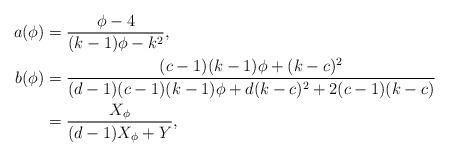
LaTeX: \begin{align*}a(\phi)&= \frac{\phi -4}{(k-1) \phi - k^2}, \\b(\phi)&= \frac{(c-1)(k-1)\phi+(k-c)^2}{(d-1)(c-1)(k-1)\phi+d(k-c)^2+2(c-1)(k-c)}\\&=\frac{X_\phi}{(d-1)X_\phi+Y},\end{align*}